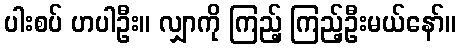
ပါးစပ် ဟပါဦး။ လျှာကို ကြည့် ကြည့်ဦးမယ်နော်။